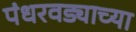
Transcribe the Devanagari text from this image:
पंधरवड्याच्या